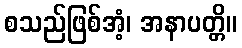
စသည်ဖြစ်အံ့၊ အနာပတ္တိ။